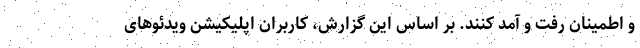
و اطمینان رفت و آمد کنند. بر اساس این گزارش، کاربران اپلیکیشن ویدئوهای